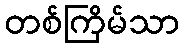
တစ်ကြိမ်သာ